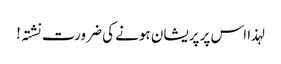
لہذا اس پر پریشان ہونے کی ضرورت نشتہ!